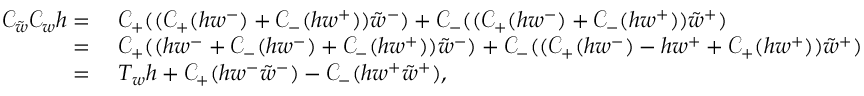
\begin{array} { r l } { \mathcal { C } _ { \tilde { w } } \mathcal { C } _ { w } h = } & { \; \mathcal { C } _ { + } ( ( \mathcal { C } _ { + } ( h w ^ { - } ) + \mathcal { C } _ { - } ( h w ^ { + } ) ) \tilde { w } ^ { - } ) + \mathcal { C } _ { - } ( ( \mathcal { C } _ { + } ( h w ^ { - } ) + \mathcal { C } _ { - } ( h w ^ { + } ) ) \tilde { w } ^ { + } ) } \\ { = } & { \; \mathcal { C } _ { + } ( ( h w ^ { - } + \mathcal { C } _ { - } ( h w ^ { - } ) + \mathcal { C } _ { - } ( h w ^ { + } ) ) \tilde { w } ^ { - } ) + \mathcal { C } _ { - } ( ( \mathcal { C } _ { + } ( h w ^ { - } ) - h w ^ { + } + \mathcal { C } _ { + } ( h w ^ { + } ) ) \tilde { w } ^ { + } ) } \\ { = } & { \; T _ { w } h + \mathcal { C } _ { + } ( h w ^ { - } \tilde { w } ^ { - } ) - \mathcal { C } _ { - } ( h w ^ { + } \tilde { w } ^ { + } ) , } \end{array}